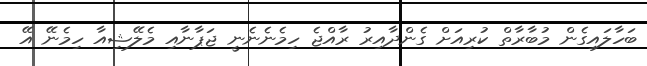
ބަހާލައިގެން މުބާރާތް ކުރިއަށް ގެންދާއިރު ރާއްޖެ ހިމެނެނެނީ ޖަޕާނާއި މެލޭޝިއާ ހިމެނޭ އޭ